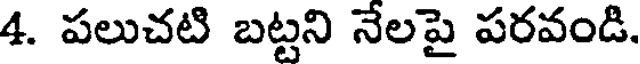
4. పలుచటి బట్టని నేలపై పరవండి.